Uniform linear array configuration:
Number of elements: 32
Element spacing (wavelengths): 0.25
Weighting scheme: kaiser
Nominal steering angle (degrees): -60
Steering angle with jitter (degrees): -59.151
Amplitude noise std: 0.05
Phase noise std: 0.05

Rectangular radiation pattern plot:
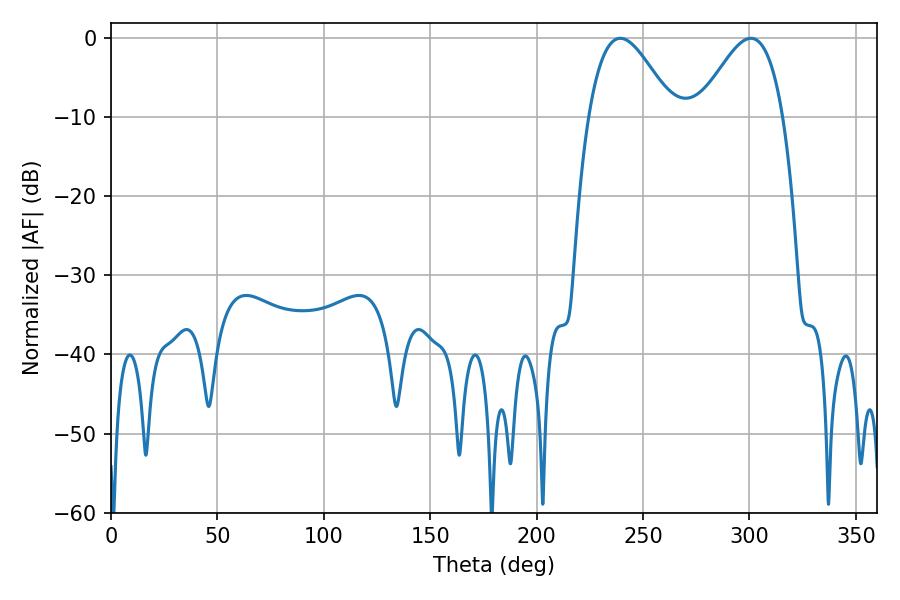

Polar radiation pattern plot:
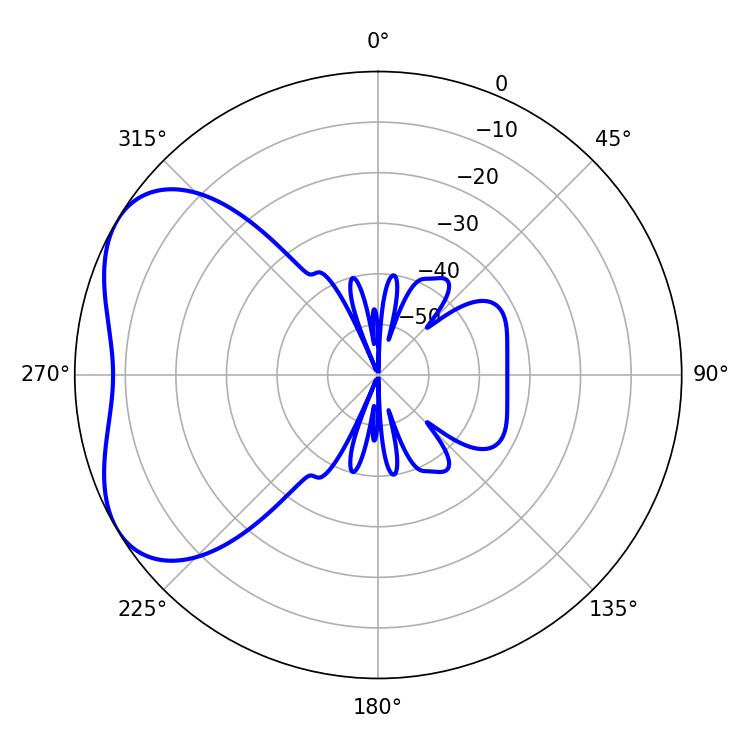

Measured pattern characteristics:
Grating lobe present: FALSE
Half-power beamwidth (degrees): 21.42
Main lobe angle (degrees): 239.4